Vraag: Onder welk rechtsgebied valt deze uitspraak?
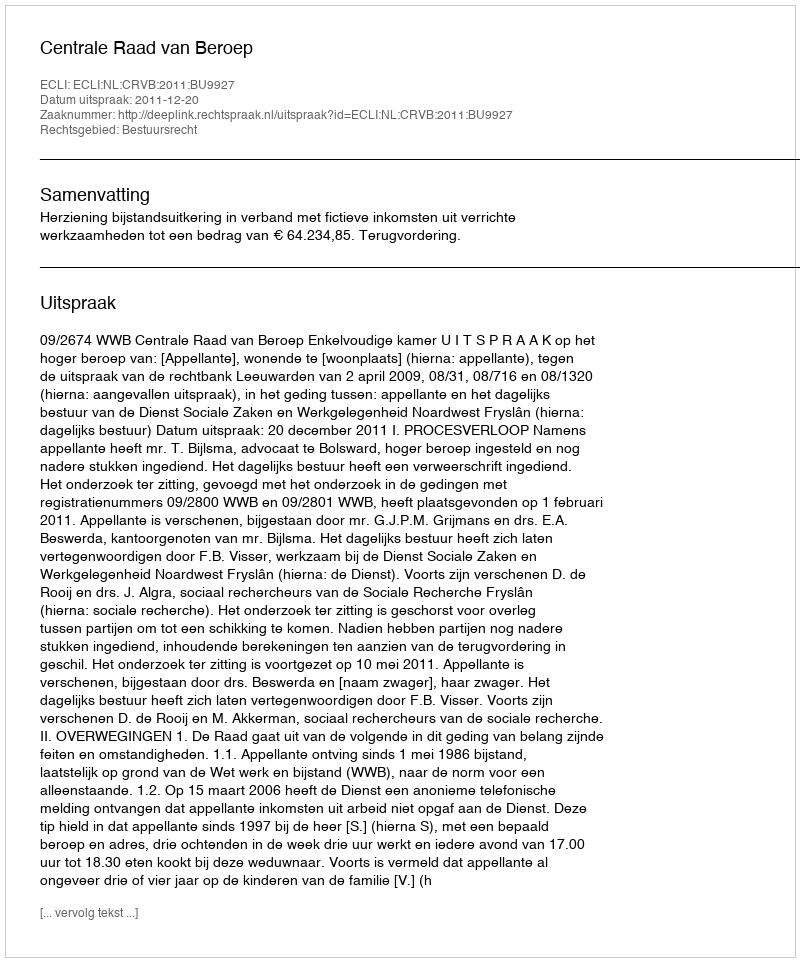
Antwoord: Bestuursrecht